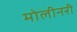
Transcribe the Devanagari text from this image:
मोलीनरी